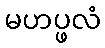
မဟပ္ဖလံ